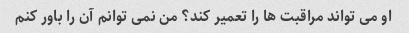
او می تواند مراقبت ها را تعمیر کند؟ من نمی توانم آن را باور کنم